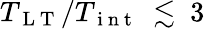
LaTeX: T_{\mathrm{~L~T~}}/T_{\mathrm{~i~n~t~}}~\lesssim~3